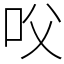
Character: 㕮